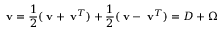
{ \bf \nabla } { \bf v } = \frac { 1 } { 2 } ( { \bf \nabla } { \bf v } + { \bf \nabla } { { \bf v } } ^ { T } ) + \frac { 1 } { 2 } ( { \bf \nabla } { \bf v } - { \bf \nabla } { { \bf v } } ^ { T } ) = D + \Omega